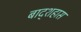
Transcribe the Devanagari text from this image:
बाद्शहास